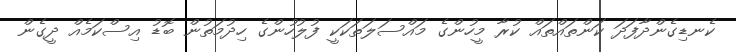
ކެނޑިގެންދާފަދަ ކަންތައްތައް ކުރާ މީހުންގެ މައްސަލަތަކަކީ ފުލުހުންގެ ހިދުމަތުން ބޮޑު އިސްކަމެއް ދީގެން